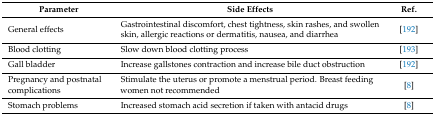
<table><thead><tr><td><b>Parameter</b></td><td><b>Side Effects</b></td><td><b>Ref.</b></td></tr></thead><tbody><tr><td>General effects</td><td>Gastrointestinal discomfort, chest tightness, skin rashes, and swollen skin, allergic reactions or dermatitis, nausea, and diarrhea</td><td>[192]</td></tr><tr><td>Blood clotting</td><td>Slow down blood clotting process</td><td>[193]</td></tr><tr><td>Gall bladder</td><td>Increase gallstones contraction and increase bile duct obstruction</td><td>[192]</td></tr><tr><td>Pregnancy and postnatal complications</td><td>Stimulate the uterus or promote a menstrual period. Breast feeding women not recommended</td><td>[8]</td></tr><tr><td>Stomach problems</td><td>Increased stomach acid secretion if taken with antacid drugs</td><td>[8]</td></tr></tbody></table>